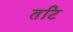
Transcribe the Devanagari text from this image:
तटि